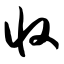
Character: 收